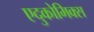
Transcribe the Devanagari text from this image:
एदुकोमिक्स